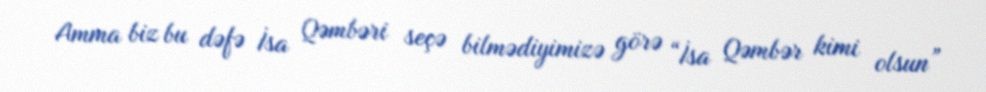
Amma biz bu dəfə İsa Qəmbəri seçə bilmədiyimizə görə “İsa Qəmbər kimi olsun”